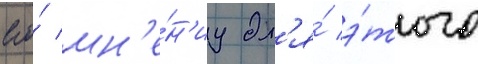
его́ мн'е́н'иу дл'я́ э́того